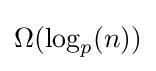
\Omega (\log _{p}(n))